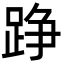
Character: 踭